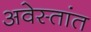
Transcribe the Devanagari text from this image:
अवेस्तांत